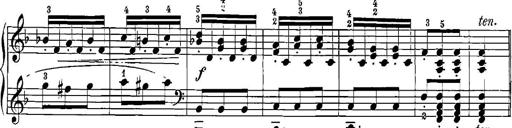
Title: 12 Sonatinas
Composer: Ignaz Pleyel